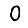
Digit: 0